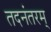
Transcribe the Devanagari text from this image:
तदनंतरम्